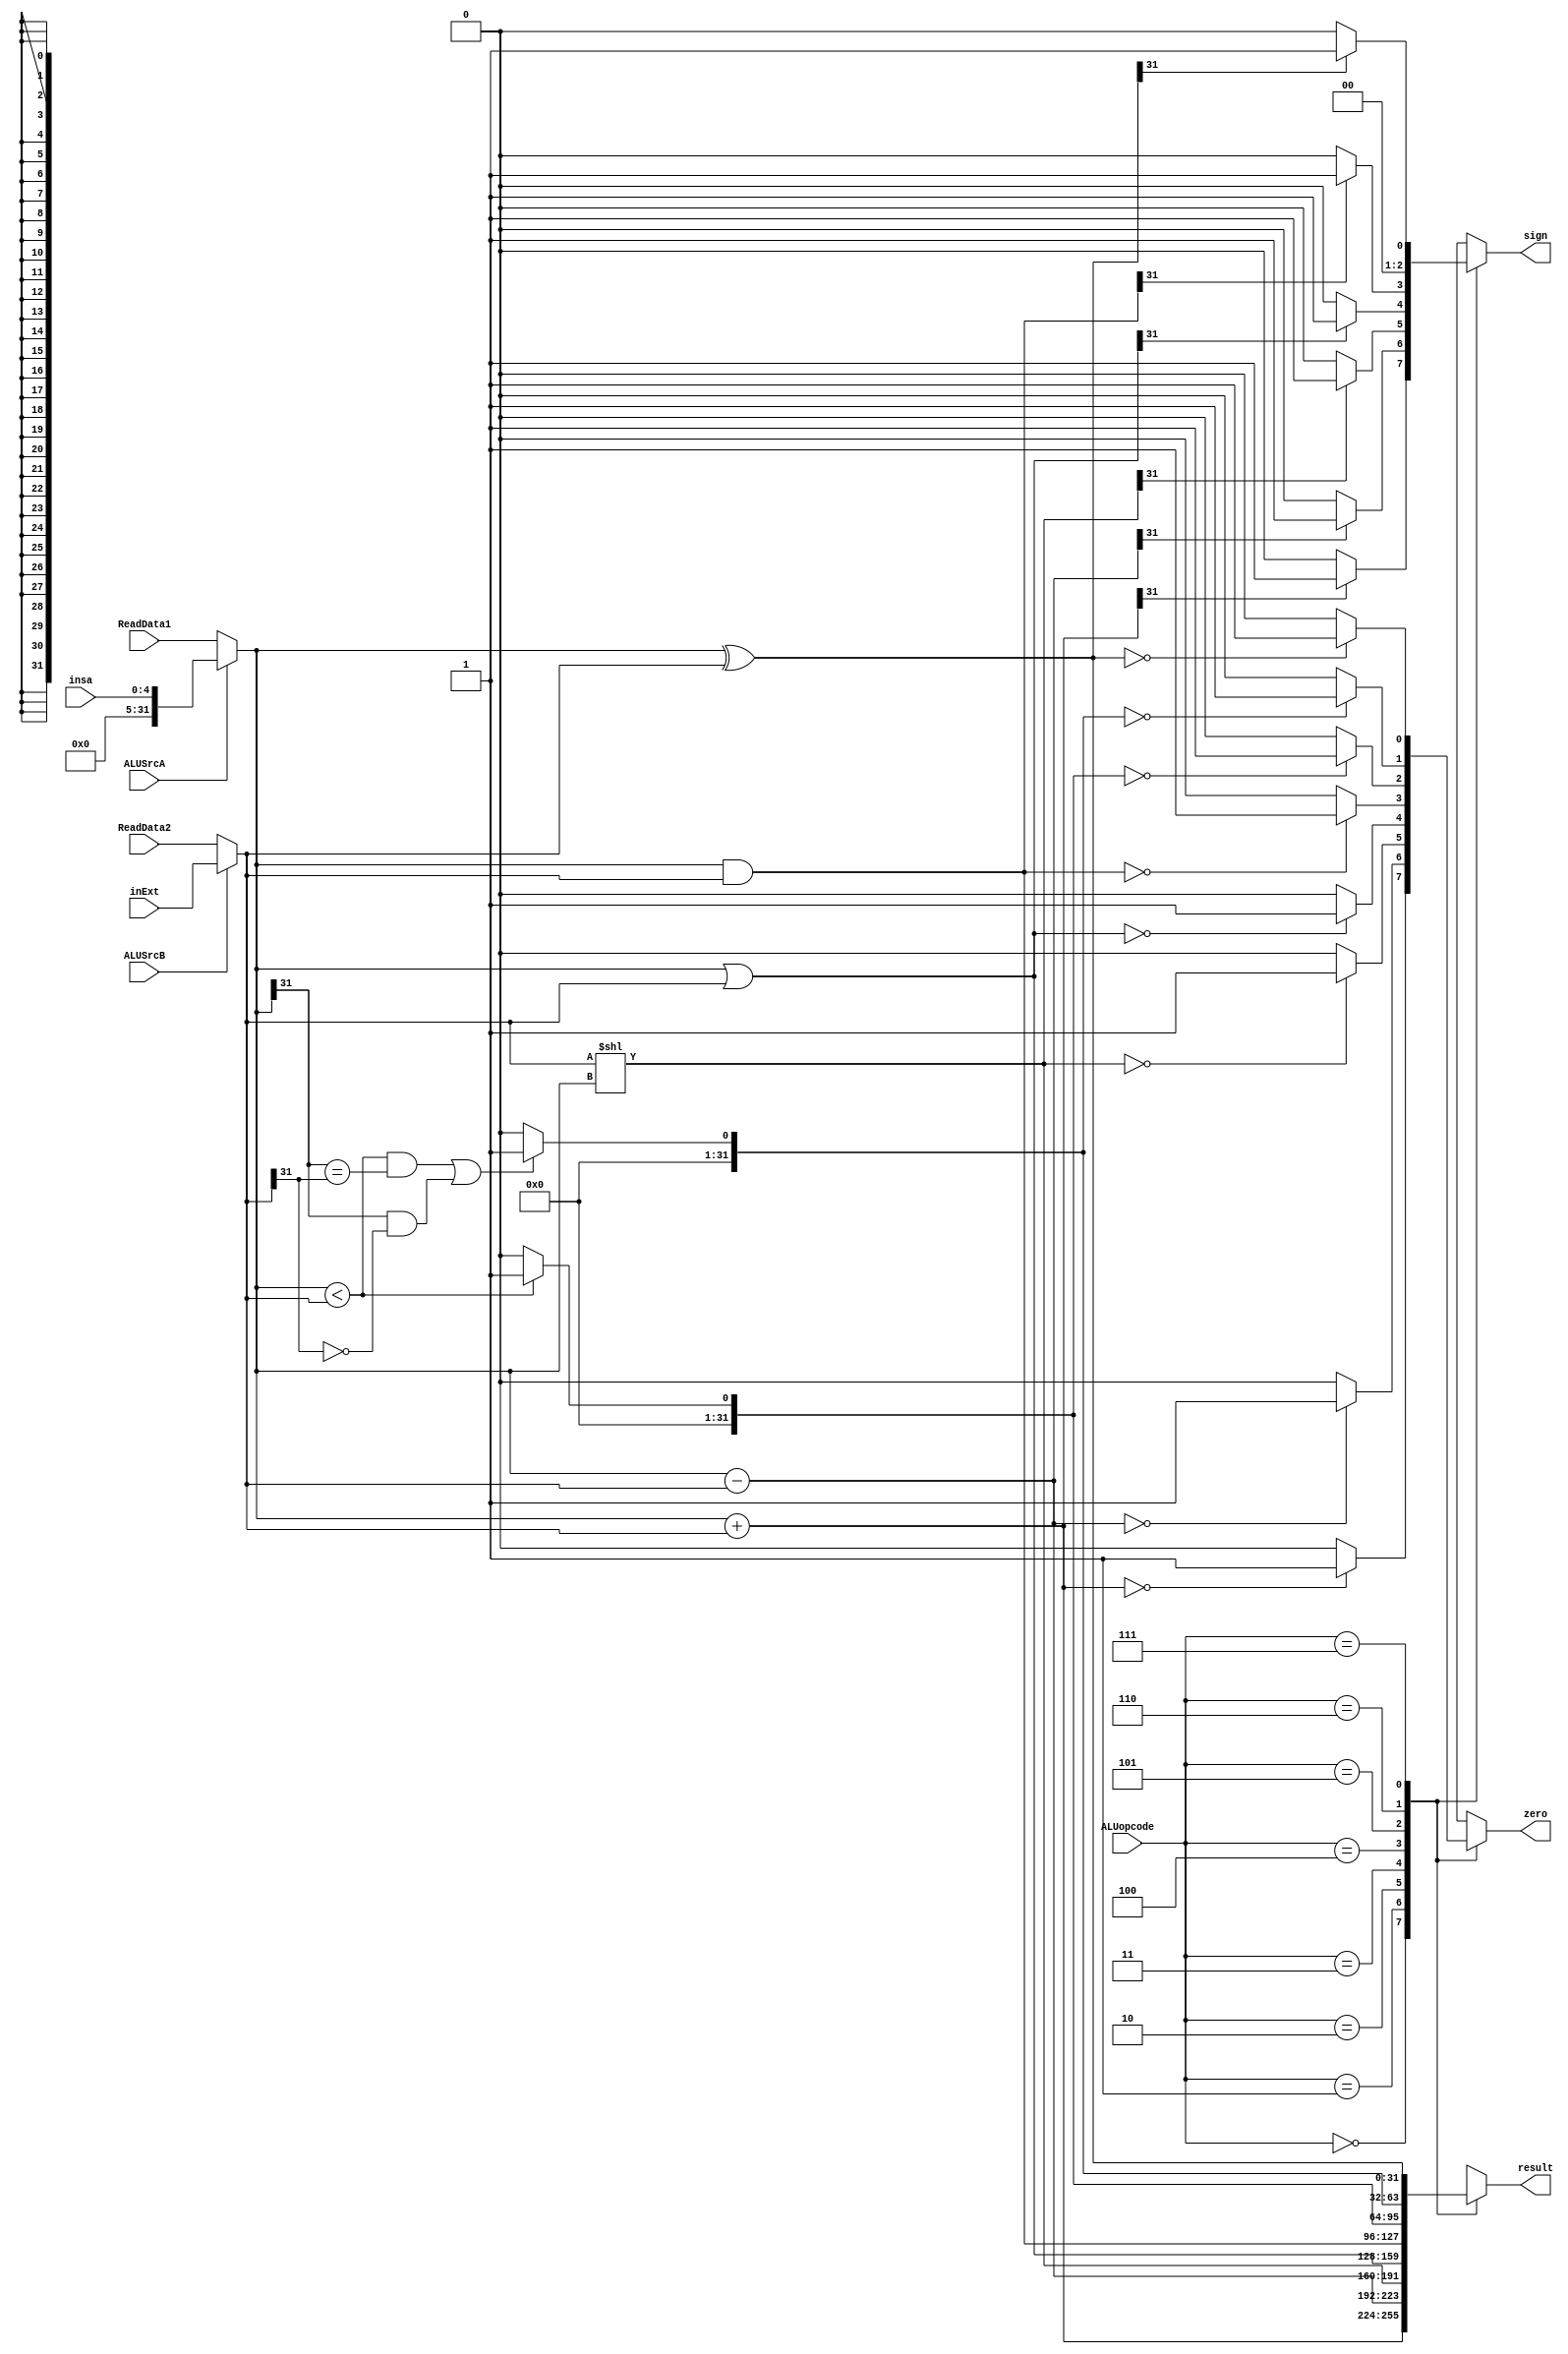
module ALU(
    input [31:0] ReadData1, 
    input [31:0] ReadData2,
    input [31:0] inExt,
    input [4:0] insa,
    input ALUSrcA, ALUSrcB,
    input [2:0] ALUopcode,
    output reg zero,
    output reg sign,
    output reg [31:0] result
);

    wire [31:0] A;
    wire [31:0] B;
    assign A = ALUSrcA ? insa:ReadData1;
    assign B = ALUSrcB? inExt : ReadData2;

    //assign zero = (result==0)?1:0;//
    always @(ReadData1 or ReadData2 or inExt or ALUSrcA or ALUSrcB or ALUopcode or A or B) begin
        case (ALUopcode)
        3'b000 : begin
            result = A + B;
            zero = (result==0)?1:0;
            sign = (result[31]==0)?0:1;
            end
        3'b001 : begin
            result = A - B;
            zero = (result==0)?1:0;
            sign = (result[31]==0)?0:1;
            end
        3'b010 : begin
            result = B << A;
            zero = (result==0)?1:0;
            sign = (result[31]==0)?0:1;
            end
        3'b011 :begin
            result = A | B;
            zero = (result==0)?1:0;
            sign = (result[31]==0)?0:1;
            end
        3'b100 :begin
            result = A & B;
            zero = (result==0)?1:0;
            sign = (result[31]==0)?0:1;
            end
        3'b101 : begin
            result = (A < B)?1:0; // ޷űȽ
            zero = (result==0)?1:0;
            sign = (result[31]==0)?0:1;
            end
        3'b110 : begin // űȽ
            result =(((A<B) && (A[31] == B[31] )) ||( ( A[31] ==1 && B[31] == 0)))?1:0;
            zero = (result==0)?1:0;
            sign = (result[31]==0)?0:1;
        end
        3'b111 :begin
            result = A ^ B;
            zero = (result==0)?1:0;
            sign = (result[31]==0)?0:1;
            end
            default : begin
                            result = 32'h0000_0000_0000_0000_0000_0000_0000_0000;
                           // $display (" no match");
                        end
        endcase
    end
endmodule